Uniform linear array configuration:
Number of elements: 32
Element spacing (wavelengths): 1
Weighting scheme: blackman
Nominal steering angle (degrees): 0
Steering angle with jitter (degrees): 0.1266
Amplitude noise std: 0.05
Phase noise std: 0.05

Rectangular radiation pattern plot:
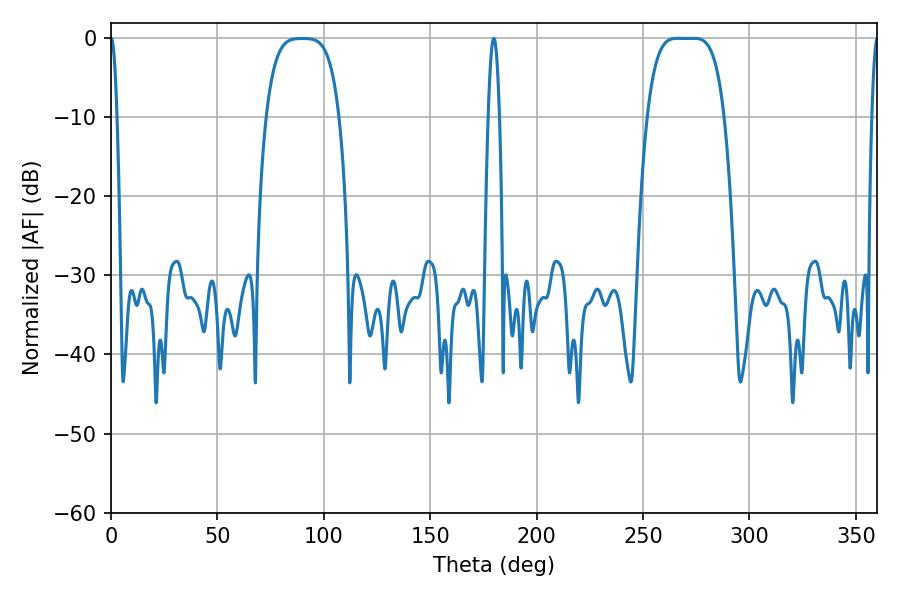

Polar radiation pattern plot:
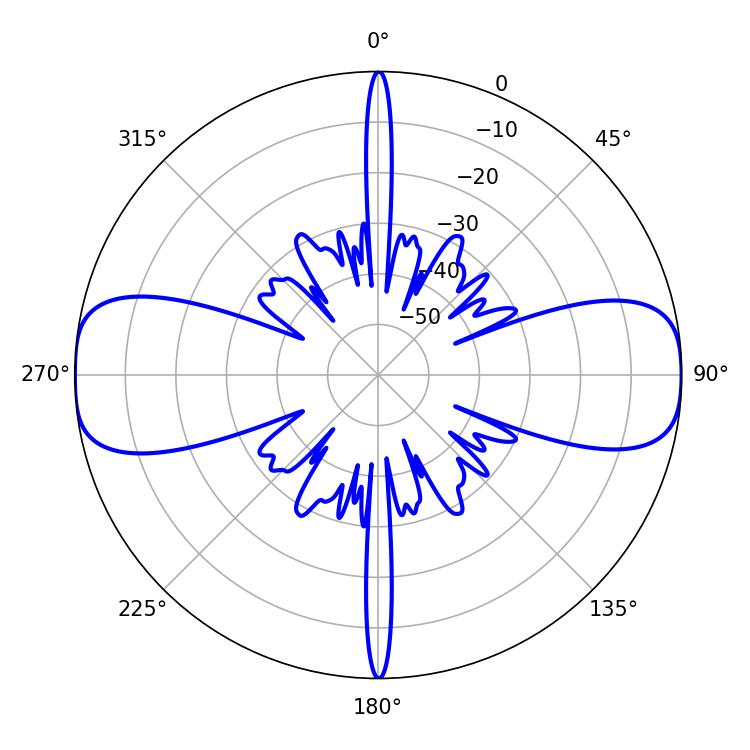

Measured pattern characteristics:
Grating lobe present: TRUE
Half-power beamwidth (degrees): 27.36
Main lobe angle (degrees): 266.22